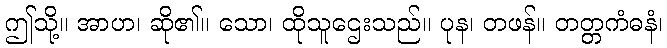
ဤသို့။ အာဟ၊ ဆို၏။ သော၊ ထိုသူဌေးသည်။ ပုန၊ တဖန်။ တတ္တကံဓနံ၊